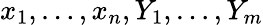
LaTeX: x_{1},\ldots,x_{n},Y_{1},\ldots,Y_{m}